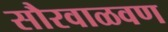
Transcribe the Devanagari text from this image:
सौरवाळवण